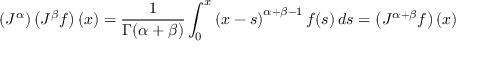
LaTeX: \left( J ^ { \alpha } \right) \left( J ^ { \beta } f \right) ( x ) = { \frac { 1 } { \Gamma ( \alpha + \beta ) } } \int _ { 0 } ^ { x } \left( x - s \right) ^ { \alpha + \beta - 1 } f ( s ) \, d s = \left( J ^ { \alpha + \beta } f \right) ( x )